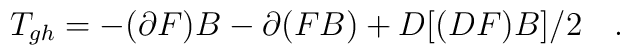
T_{gh}=-(\partial F)B-\partial(FB)+D[(DF)B]/2 \quad.